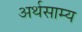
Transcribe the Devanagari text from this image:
अर्थसाम्य